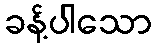
ခန့်ပါသော